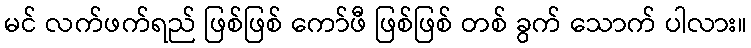
မင် လက်ဖက်ရည် ဖြစ်ဖြစ် ကော်ဖီ ဖြစ်ဖြစ် တစ် ခွက် သောက် ပါလား။